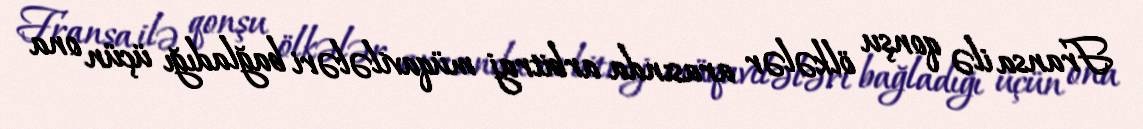
Fransa ilə qonşu ölkələr arasında arbitraj müqavilələri bağladığı üçün ona